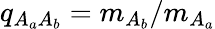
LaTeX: q_{A_{a}A_{b}}=m_{A_{b}}/m_{A_{a}}